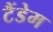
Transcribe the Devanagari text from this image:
टैंडेम